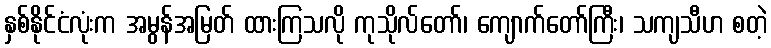
နှစ်နိုင်ငံလုံးက အမွန်အမြတ် ထားကြသလို ကုသိုလ်တော်၊ ကျောက်တော်ကြီး၊ သကျသီဟ စတဲ့